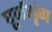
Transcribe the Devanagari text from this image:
घूर्णभृंग